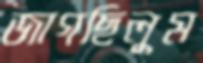
জাগছিলুম